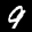
Label: 9